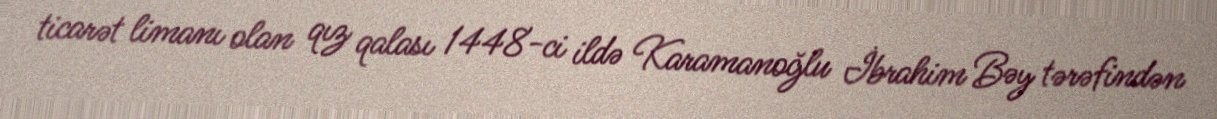
ticarət limanı olan qız qalası 1448-ci ildə Karamanoğlu İbrahim Bəy tərəfindən